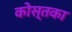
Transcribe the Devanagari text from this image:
कोस्तका